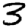
Digit: 3